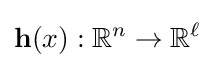
\mathbf {h} (x):\,\!\mathbb {R} ^{n}\rightarrow \mathbb {R} ^{\ell }